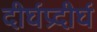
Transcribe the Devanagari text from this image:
दीर्घप्रदीर्घ